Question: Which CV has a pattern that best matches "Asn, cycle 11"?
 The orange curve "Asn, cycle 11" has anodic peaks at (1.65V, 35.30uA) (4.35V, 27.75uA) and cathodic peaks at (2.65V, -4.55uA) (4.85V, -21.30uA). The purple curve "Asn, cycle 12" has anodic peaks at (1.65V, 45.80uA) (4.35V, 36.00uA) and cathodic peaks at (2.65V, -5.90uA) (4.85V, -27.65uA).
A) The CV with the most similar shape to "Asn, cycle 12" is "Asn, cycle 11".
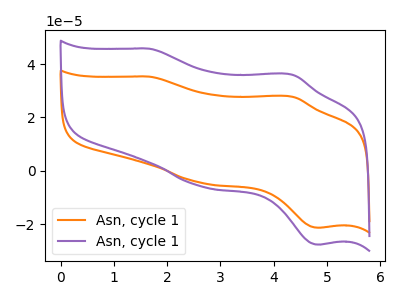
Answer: <think>All the peaks in "Asn, cycle 11" have a peak in "Asn, cycle 12" at the same potential. Every peak in "Asn, cycle 11" is lower than every peak in "Asn, cycle 12".
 </think>
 <answer>A) The CV with the most similar shape to "Asn, cycle 12" is "Asn, cycle 11".</answer>
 <eval>A</eval>